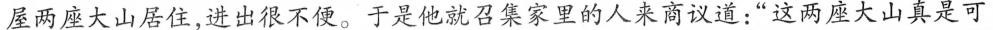
屋两座大山居住，进出很不便。于是他就召集家里的人来商议道：“这两座大山真是可